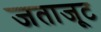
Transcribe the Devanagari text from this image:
जताजूट